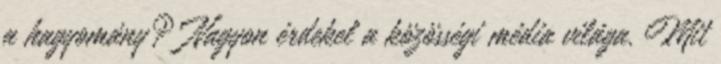
a hagyomány? Nagyon érdekel a közösségi média világa. Mit